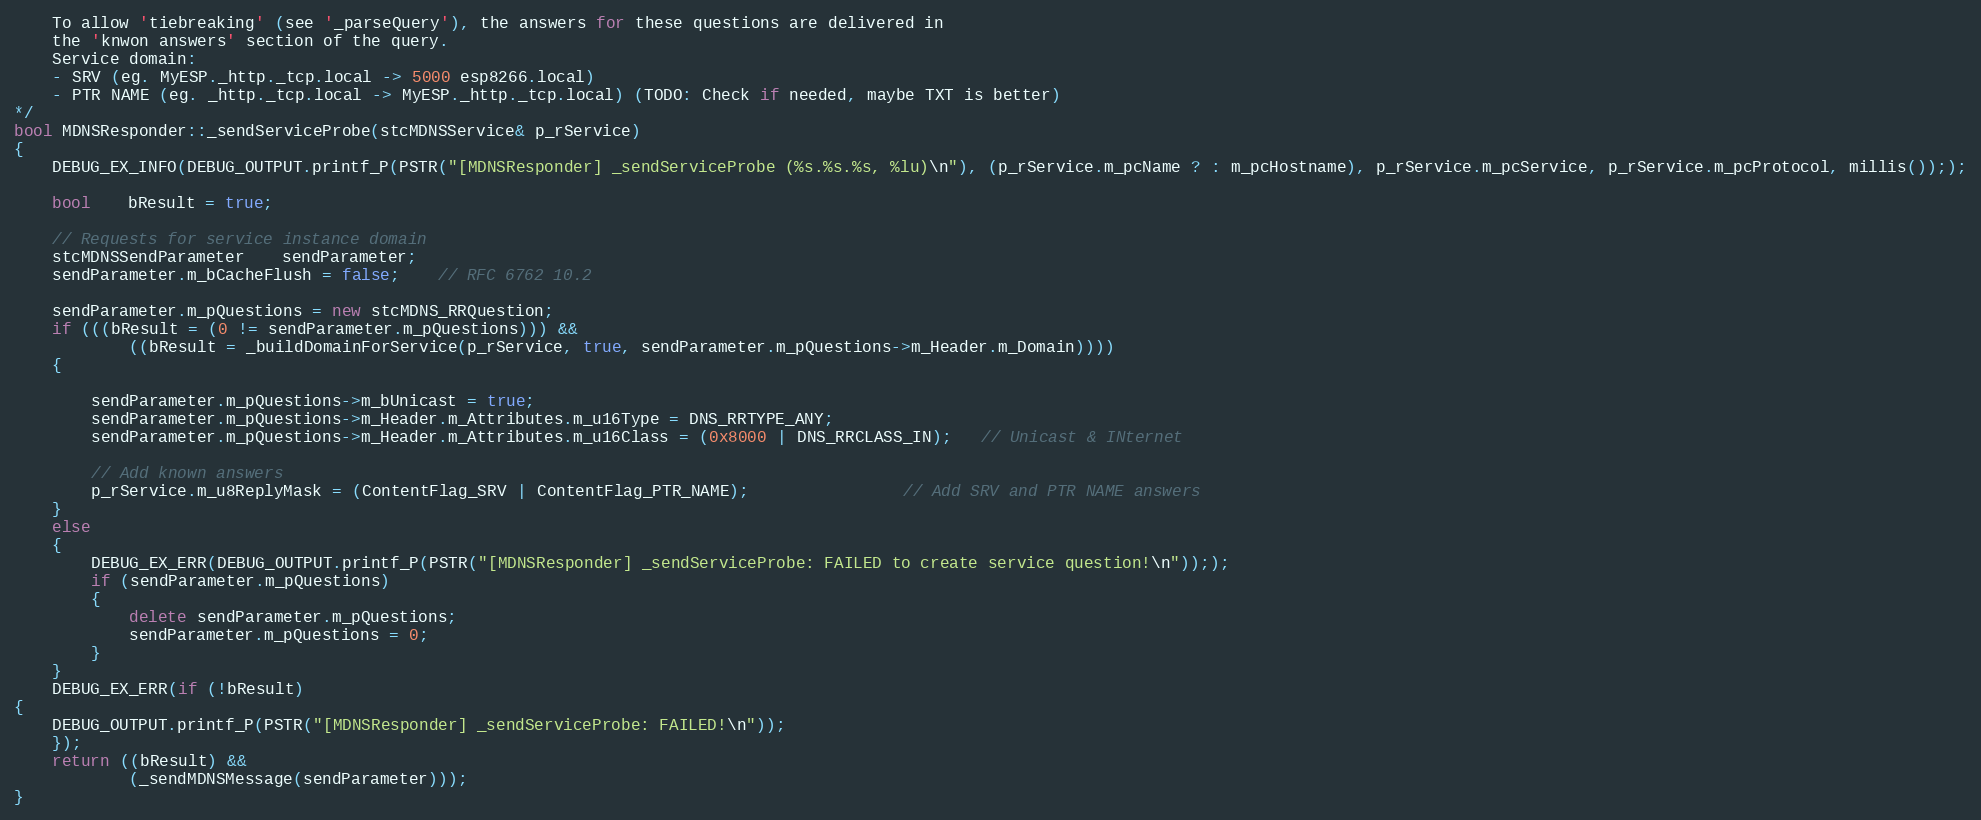
Language: C++
    To allow 'tiebreaking' (see '_parseQuery'), the answers for these questions are delivered in
    the 'knwon answers' section of the query.
    Service domain:
    - SRV (eg. MyESP._http._tcp.local -> 5000 esp8266.local)
    - PTR NAME (eg. _http._tcp.local -> MyESP._http._tcp.local) (TODO: Check if needed, maybe TXT is better)
*/
bool MDNSResponder::_sendServiceProbe(stcMDNSService& p_rService)
{
    DEBUG_EX_INFO(DEBUG_OUTPUT.printf_P(PSTR("[MDNSResponder] _sendServiceProbe (%s.%s.%s, %lu)\n"), (p_rService.m_pcName ? : m_pcHostname), p_rService.m_pcService, p_rService.m_pcProtocol, millis()););

    bool    bResult = true;

    // Requests for service instance domain
    stcMDNSSendParameter    sendParameter;
    sendParameter.m_bCacheFlush = false;    // RFC 6762 10.2

    sendParameter.m_pQuestions = new stcMDNS_RRQuestion;
    if (((bResult = (0 != sendParameter.m_pQuestions))) &&
            ((bResult = _buildDomainForService(p_rService, true, sendParameter.m_pQuestions->m_Header.m_Domain))))
    {

        sendParameter.m_pQuestions->m_bUnicast = true;
        sendParameter.m_pQuestions->m_Header.m_Attributes.m_u16Type = DNS_RRTYPE_ANY;
        sendParameter.m_pQuestions->m_Header.m_Attributes.m_u16Class = (0x8000 | DNS_RRCLASS_IN);   // Unicast & INternet

        // Add known answers
        p_rService.m_u8ReplyMask = (ContentFlag_SRV | ContentFlag_PTR_NAME);                // Add SRV and PTR NAME answers
    }
    else
    {
        DEBUG_EX_ERR(DEBUG_OUTPUT.printf_P(PSTR("[MDNSResponder] _sendServiceProbe: FAILED to create service question!\n")););
        if (sendParameter.m_pQuestions)
        {
            delete sendParameter.m_pQuestions;
            sendParameter.m_pQuestions = 0;
        }
    }
    DEBUG_EX_ERR(if (!bResult)
{
    DEBUG_OUTPUT.printf_P(PSTR("[MDNSResponder] _sendServiceProbe: FAILED!\n"));
    });
    return ((bResult) &&
            (_sendMDNSMessage(sendParameter)));
}